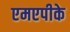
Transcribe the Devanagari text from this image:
एमएपीके